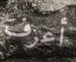
أعرف